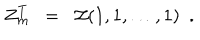
Z _ { m } ^ { T } ~ ~ = ~ ~ { \cal Z } ( 1 , 1 , \dots , 1 ) ~ ~ .